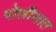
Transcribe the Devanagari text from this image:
पोलीसात